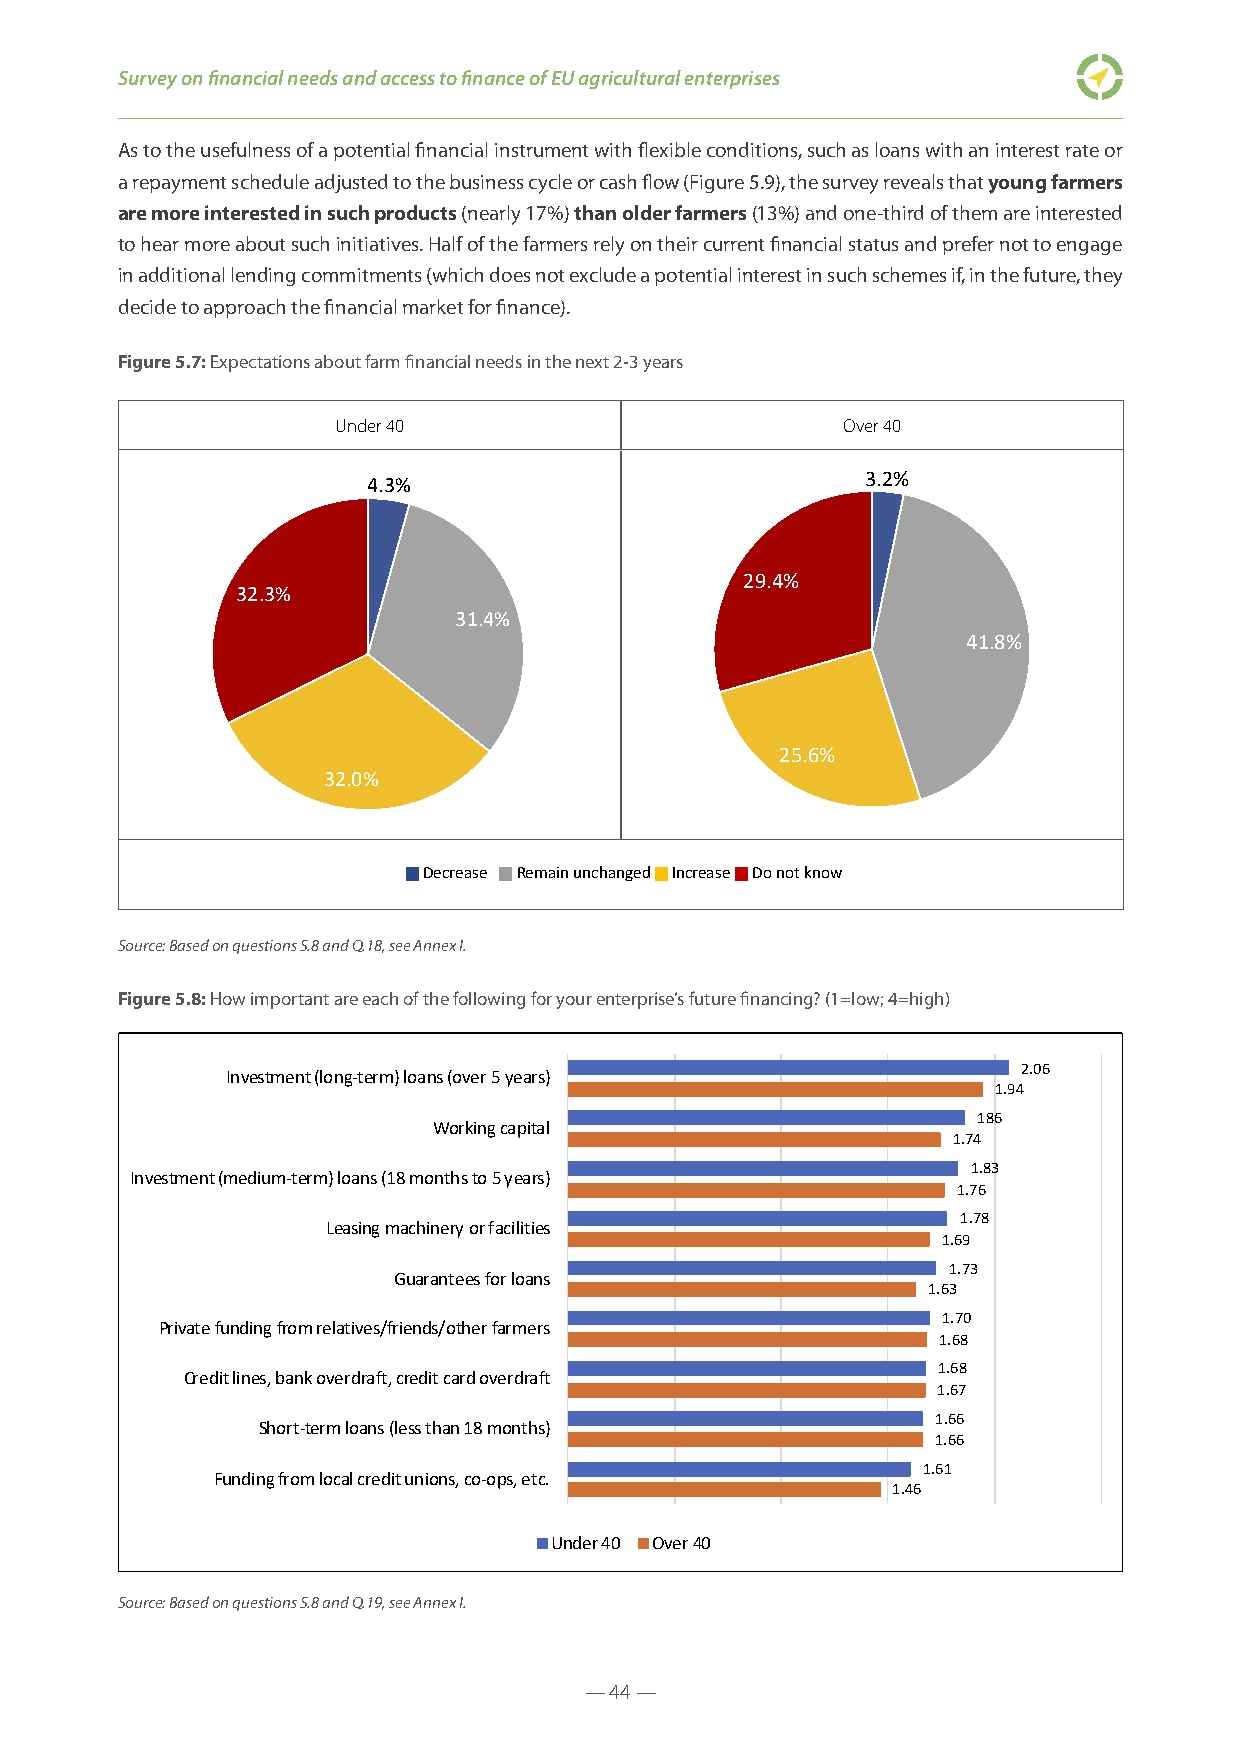
Survey on financial needs and access to finance of EU agricultural enterprises
 As to the usefulness of a potential financial instrument with flexible conditions, such as loans with an interest rate or
 a repayment schedule adjusted to the business cycle or cash flow (Figure 5.9), the survey reveals that young farmers
 are more interested in such products (nearly 17%) than older farmers (13%) and one-third of them are interested
 to hear more about such initiatives. Half of the farmers rely on their current financial status and prefer not to engage
 in additional lending commitments (which does not exclude a potential interest in such schemes if, in the future, they
 decide to approach the financial market for finance).
 Figure 5.7: Expectations about farm financial needs in the next 2-3 years
 Under 40                          Over 40
 4.3%                             3.2%
 29.4%
 32.3%
 31.4%
 41.8%
 25.6%
 32.0%
 Figure 5.7 -Expectations about farm finan cial needsin the next 2-3 years
 Under 40                       Over 40
  Decrease  Remain unchanged  Increase  Do not know
 4.3%                           3.2%
 Source: Based on questions S.8 and Q.18, see Annex I.
 32.3%                           29.4%
 31.4%
 41.8%
 Figure 5.8: How important are each of the following for your enterprise’s future financing? (1=low; 4=high)
  Yes, I would definitely apply
  Yes, I would be interested in receiving information and I may consider applying d2e5p.6e%nding on the conditions
 32.0%
  No, not really, I have enough resources at the moment
 2.06
 Investment (long-term) loans (over 5 years)
 1.94
 186
 Working capital
 1.74
 Decrease Remain unchangedIncreaseDo not know
 1.83
 Investment (medium-term) loans (18 months to 5 years)
 1.76
 1.78
 Leasing machinery or facilities
 1.69
 1.73
 Guarantees for loans
 1.63
 1.70
 Private funding from relatives/friends/other farmers
 1.68
 1.68
 Credit lines, bank overdraft, credit card overSdmraafltl Medium  Large
 1.67
 1.66
 Short-term loans (less than 18 months)
 1.66
 1.61
 Funding from local credit unions, co-ops, etc.
 1.46
 Under 40 Over 40
 Source: Based on questions S.8 and Q.19, see Annex I.
 — 44 —
 — 52 —